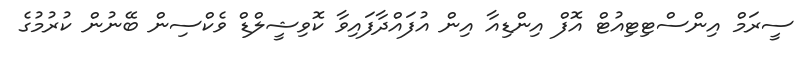
ސީރަމް އިންސްޓިޓިއުޓް އޮފް އިންޑިއާ އިން އުފައްދާފައިވާ ކޮވިޝީލްޑް ވެކްސިން ބޭނުން ކުރުމުގެ